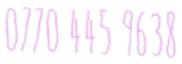
0770 445 9638